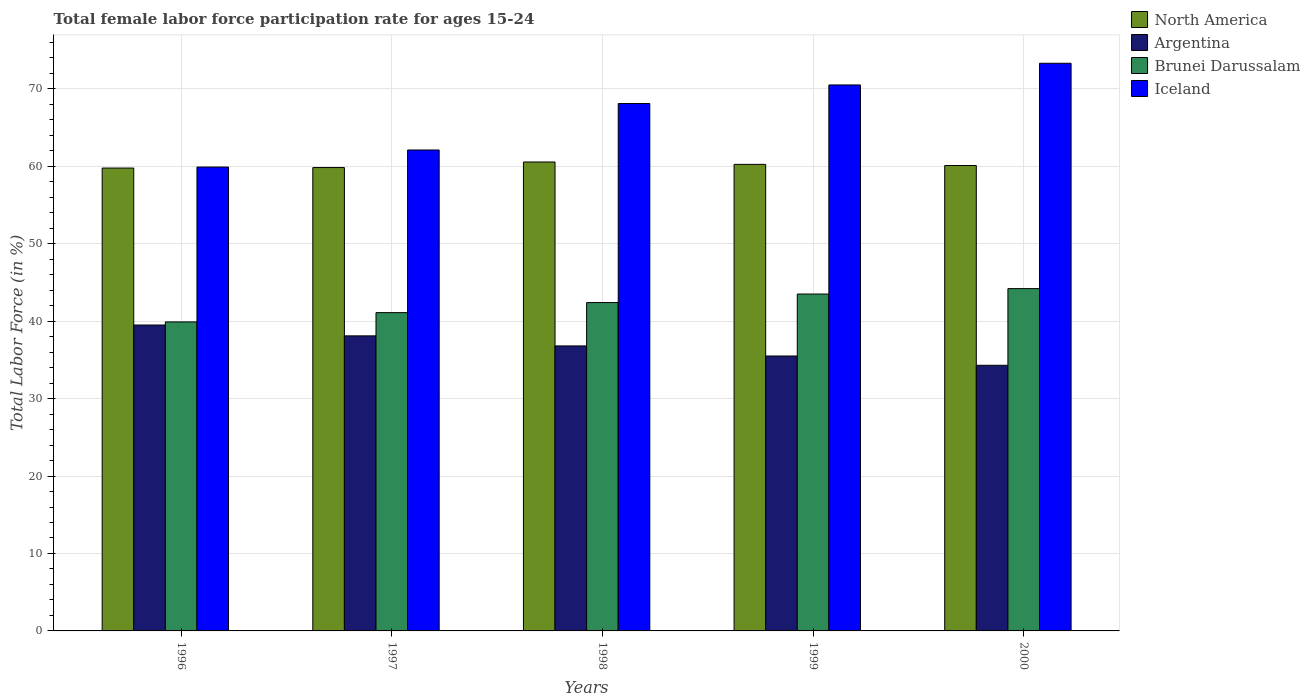
| Years | North America | Argentina | Brunei Darussalam | Iceland |
 | --- | --- | --- | --- | --- |
 | 1996 | 59.8 | 39.5 | 39.9 | 59.9 |
 | 1997 | 59.8 | 38.1 | 41.1 | 62.1 |
 | 1998 | 60.6 | 36.8 | 42.4 | 68.1 |
 | 1999 | 60.2 | 35.5 | 43.5 | 70.5 |
 | 2000 | 60.1 | 34.3 | 44.2 | 73.3 |